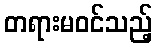
တရားမဝင်သည့်